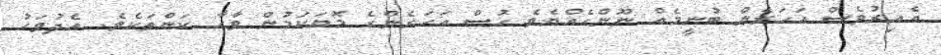
އެއިރުވެސް އަހަރެން ބުނީމެއް ނޫންހެއްޔެވެ ހުސް އަހަރެންގެ މޮޔަކަމުން ވާހާ ކަންތަކެވެ. އެދުވަހު